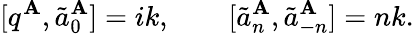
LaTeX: [q^{\mathbf{A}},\tilde{{a}}_{0}^{\mathbf{A}}]=ik,\qquad[\tilde{{a}}_{n}^{\mathbf{A}},\tilde{{a}}_{-n}^{\mathbf{A}}]=nk.